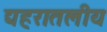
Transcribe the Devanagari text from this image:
द्यहरातलीय